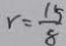
r = \frac { 1 5 } { 8 }